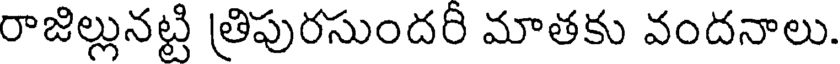
రాజిల్లునట్టి త్రిపురసుందరి మాతకు వందనాలు.